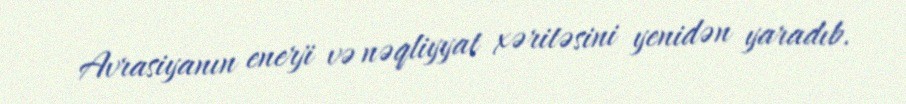
Avrasiyanın enerji və nəqliyyat xəritəsini yenidən yaradıb.